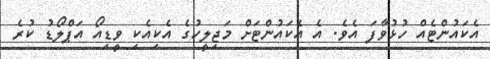
އެކައުންޓެއް ހުޅުވާފަ އެވެ. އެ އެކައުންޓަށް މަޖިލީހުގެ އެކިއެކި ވީޑިއޯ އަޕްލޯޑު ކުރެ